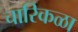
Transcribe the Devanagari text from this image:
चारिकळा